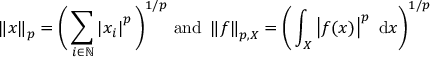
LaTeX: \left\| x \right\| _ { p } = { \bigg ( } \sum _ { i \in \mathbb { N } } \left| x _ { i } \right| ^ { p } { \bigg ) } ^ { 1 / p } { \mathrm { ~ a n d } } \ \left\| f \right\| _ { p , X } = { \bigg ( } \int _ { X } \left| f ( x ) \right| ^ { p } ~ \mathrm { d } x { \bigg ) } ^ { 1 / p }